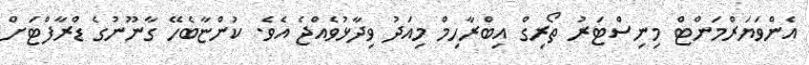
އެންވަޔަރްމަންޓް މިނިސްޓަރު ތޯރިގް އިބްރާހިމް މިއަދު ވިދާޅުވެއްޖެ އެވެ. ކުންޏާބެހޭ ގާނޫނުގެ ޑްރާފްޓަށް